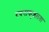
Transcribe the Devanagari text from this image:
रचनाकुशलता